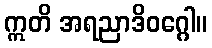
ဣတိ အရညာဒိဝဂ္ဂေါ။